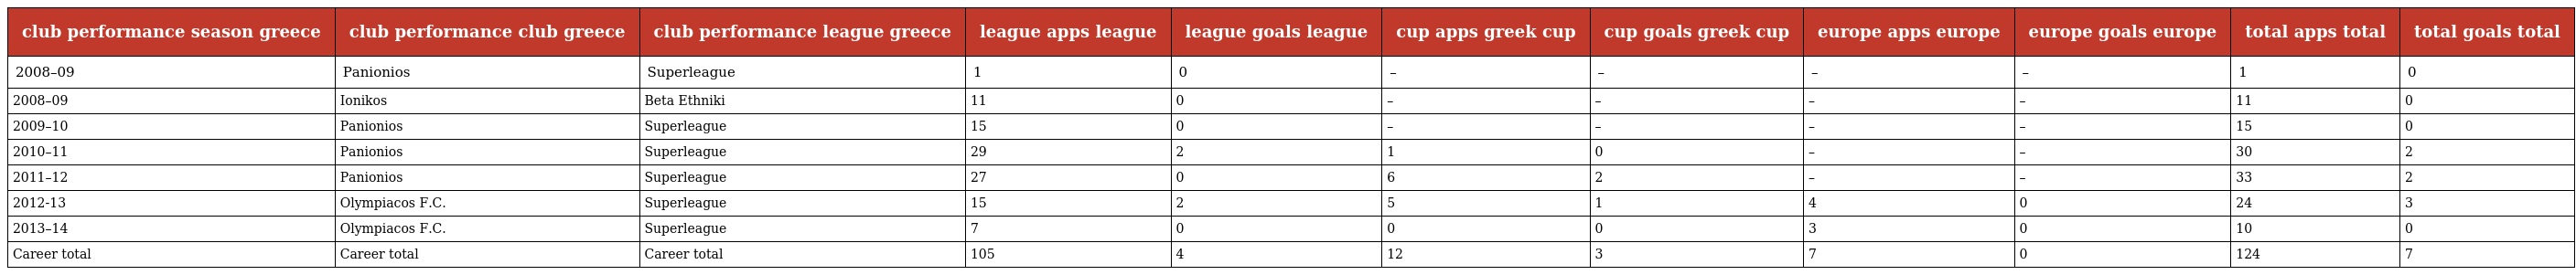
| club performance season greece | club performance club greece | club performance league greece | league apps league | league goals league | cup apps greek cup | cup goals greek cup | europe apps europe | europe goals europe | total apps total | total goals total |
 | --- | --- | --- | --- | --- | --- | --- | --- | --- | --- | --- |
 | 2008–09 | Panionios | Superleague | 1 | 0 | – | – | – | – | 1 | 0 |
 | 2008–09 | Ionikos | Beta Ethniki | 11 | 0 | – | – | – | – | 11 | 0 |
 | 2009–10 | Panionios | Superleague | 15 | 0 | – | – | – | – | 15 | 0 |
 | 2010–11 | Panionios | Superleague | 29 | 2 | 1 | 0 | – | – | 30 | 2 |
 | 2011–12 | Panionios | Superleague | 27 | 0 | 6 | 2 | – | – | 33 | 2 |
 | 2012-13 | Olympiacos F.C. | Superleague | 15 | 2 | 5 | 1 | 4 | 0 | 24 | 3 |
 | 2013–14 | Olympiacos F.C. | Superleague | 7 | 0 | 0 | 0 | 3 | 0 | 10 | 0 |
 | Career total | Career total | Career total | 105 | 4 | 12 | 3 | 7 | 0 | 124 | 7 |